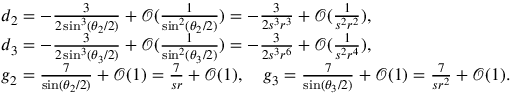
\begin{array} { r l } & { d _ { 2 } = - \frac { 3 } { 2 \sin ^ { 3 } ( \theta _ { 2 } / 2 ) } + \mathcal { O } ( \frac { 1 } { \sin ^ { 2 } ( \theta _ { 2 } / 2 ) } ) = - \frac { 3 } { 2 s ^ { 3 } r ^ { 3 } } + \mathcal { O } ( \frac { 1 } { s ^ { 2 } r ^ { 2 } } ) , } \\ & { d _ { 3 } = - \frac { 3 } { 2 \sin ^ { 3 } ( \theta _ { 3 } / 2 ) } + \mathcal { O } ( \frac { 1 } { \sin ^ { 2 } ( \theta _ { 3 } / 2 ) } ) = - \frac { 3 } { 2 s ^ { 3 } r ^ { 6 } } + \mathcal { O } ( \frac { 1 } { s ^ { 2 } r ^ { 4 } } ) , } \\ & { g _ { 2 } = \frac { 7 } { \sin ( \theta _ { 2 } / 2 ) } + \mathcal { O } ( 1 ) = \frac { 7 } { s r } + \mathcal { O } ( 1 ) , \quad g _ { 3 } = \frac { 7 } { \sin ( \theta _ { 3 } / 2 ) } + \mathcal { O } ( 1 ) = \frac { 7 } { s r ^ { 2 } } + \mathcal { O } ( 1 ) . } \end{array}